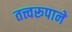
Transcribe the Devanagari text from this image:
तत्त्वरूपाने